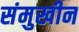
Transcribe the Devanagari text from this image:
संमुखीन